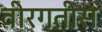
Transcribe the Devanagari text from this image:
वीरगतीस